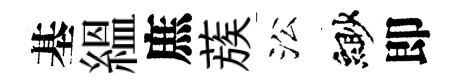
基緼庶蔟㳂緲即